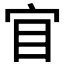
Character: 𡧟